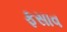
ફસાવ